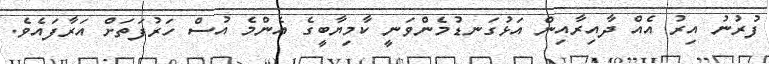
ފުރުނު އިރު އެއް ދާއިރާއިން އަޅުގަނޑުމެންވަނީ ކާމިޔާބީގެ އެންމެ އުސް ހަރުފަތަށް އަރާފައެވެ.